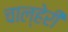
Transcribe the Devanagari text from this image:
चाल्हेरी